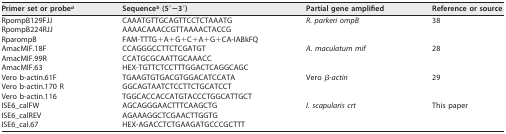
| Primer set or probea | Sequenceb (5′−3′) | Partial gene amplified | Reference or source |
 | --- | --- | --- | --- |
 | RpompB129FJJ | CAAATGTTGCAGTTCCTCTAAATG | R. parkeri ompB | 38 |
 | RpompB224RJJ | AAAACAAACCGTTAAAACTACCG |  |  |
 | RparompB | FAM-TTTG+A+G+C+A+G+CA-IABkFQ |  |  |
 | AmacMIF.18F | CCAGGGCCTTCTCGATGT | A. maculatum mif | 28 |
 | AmacMIF.99R | CCATGCGCAATTGCAAACC |  |  |
 | AmacMIF.63 | HEX-TGTTCTCCTTTGGACTCAGGCAGC |  |  |
 | Vero b-actin.61F | TGAAGTGTGACGTGGACATCCATA | Vero β-actin | 29 |
 | Vero b-actin.170 R | GGCAGTAATCTCCTTCTGCATCCT |  |  |
 | Vero b-actin.116 | TGGCACCACCATGTACCCTGGCATTGCT |  |  |
 | ISE6_calFW | AGCAGGGAACTTTCAAGCTG | I. scapularis crt | This paper |
 | ISE6_calREV | AGAAAGGCTCGAACTTGGTG |  |  |
 | ISE6_cal.67 | HEX-AGACCTCTGAAGATGCCCGCTTT |  |  |